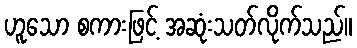
ဟူသော စကားဖြင့် အဆုံးသတ်လိုက်သည်။